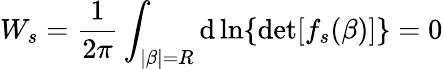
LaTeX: W_{s}=\frac{1}{2\pi}\int_{|\beta|=R}\mathrm{d}\ln\{ \operatorname*{det}[f_{s}(\beta)]\} =0